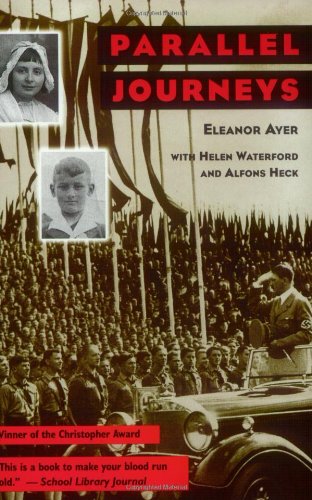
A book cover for Parallel Journeys; Eleanor H. Ayer; Children's Books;